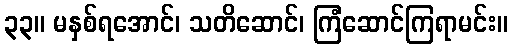
၃၃။ မနှစ်ရအောင်၊ သတိဆောင်၊ ကြံဆောင်ကြရာမင်း။